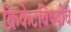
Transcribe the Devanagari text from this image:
क्रिकेटविषयीचे